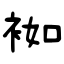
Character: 袽